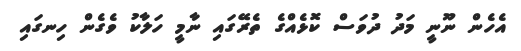
އެހެން ނޫނީ މަދު ދުވަސް ކޮޅެއްގެ ތެރޭގައި ނާމީ ހަލާކު ވެގެން ހިނގައި